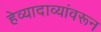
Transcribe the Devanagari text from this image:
हेव्यादाव्यांवरून